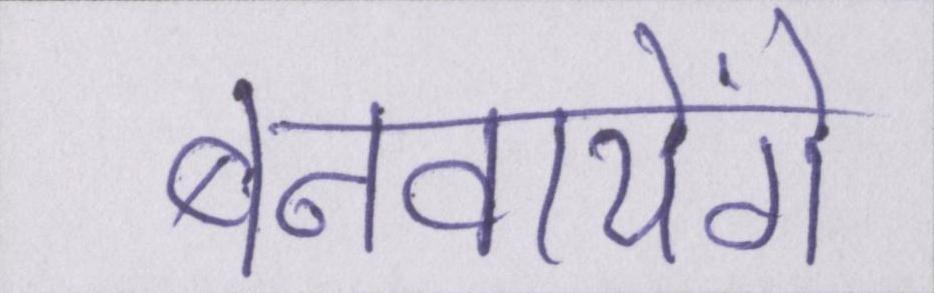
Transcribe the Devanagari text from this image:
बनवायेंगे